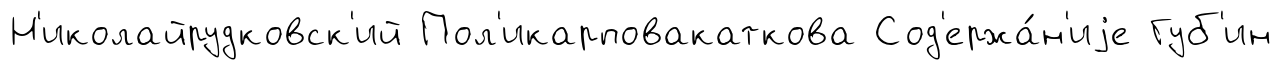
Н'иколайрудковск'ий Пол'икарповакаткова Сод'ержа́н'иjе Губ'ин